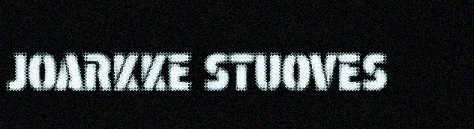
JOARKKE STUOVES